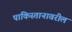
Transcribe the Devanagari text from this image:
पाकिस्तानावरील